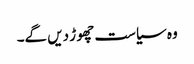
وہ سیاست چھو ڑ دیں گے۔